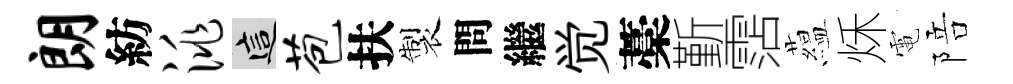
朗紡洮這苞扶製問繼觉藁斳霑藴秌電陪